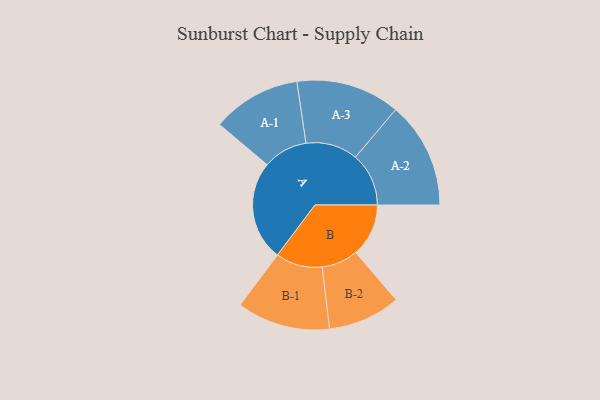
{"axis": {"x": "Segment", "y": "Value"}, "legend": ["", "A", "B"], "data": [{"x": "A", "y": 451, "type": ""}, {"x": "B", "y": 239, "type": ""}, {"x": "A-1", "y": 201, "type": "A"}, {"x": "A-2", "y": 241, "type": "A"}, {"x": "A-3", "y": 235, "type": "A"}, {"x": "B-1", "y": 211, "type": "B"}, {"x": "B-2", "y": 164, "type": "B"}]}